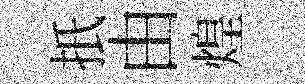
扺由煌